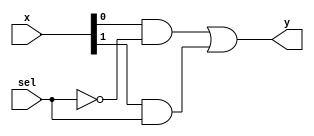
module mux(x, sel, y);
    input [1:0] x;
    input sel;                      // sel selects the exit (x[3], x[2], x[1], x[0]).
    output wire y;

    assign y = (x[0] & ~sel) | (x[1] & sel);

endmodule